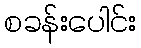
စခန်းပေါင်း